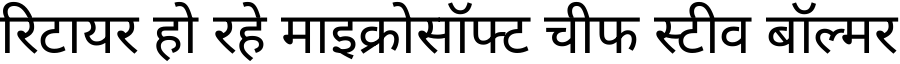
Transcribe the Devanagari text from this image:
रिटायर हो रहे माइक्रोसॉफ्ट चीफ स्टीव बॉल्मर